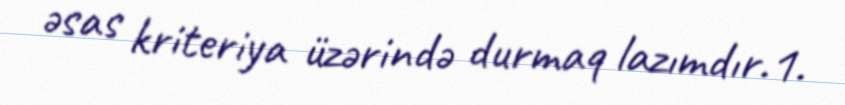
əsas kriteriya üzərində durmaq lazımdır.1.